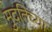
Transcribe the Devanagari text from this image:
मुदतिच्या